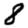
Digit: 8